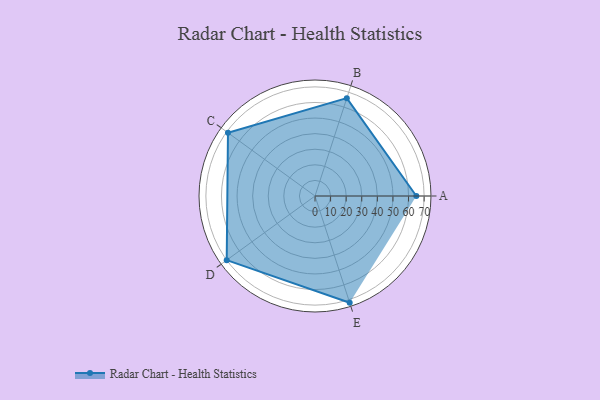
{"axis": {"x": "Skill", "y": "Score"}, "legend": ["Profile"], "data": [{"x": "A", "y": 65.0, "type": "Profile"}, {"x": "B", "y": 66.0, "type": "Profile"}, {"x": "C", "y": 69.0, "type": "Profile"}, {"x": "D", "y": 70.0, "type": "Profile"}, {"x": "E", "y": 72.0, "type": "Profile"}]}